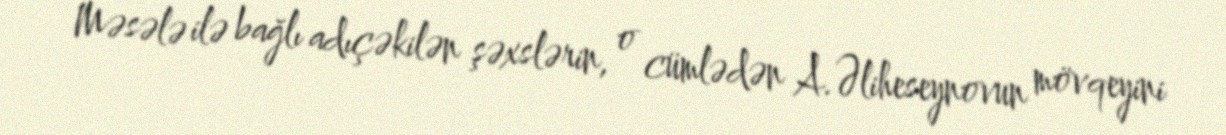
Məsələ ilə bağlı adıçəkilən şəxslərin, o cümlədən A.Əliheseynovun mövqeyini